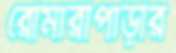
রৌমারীপাড়ার